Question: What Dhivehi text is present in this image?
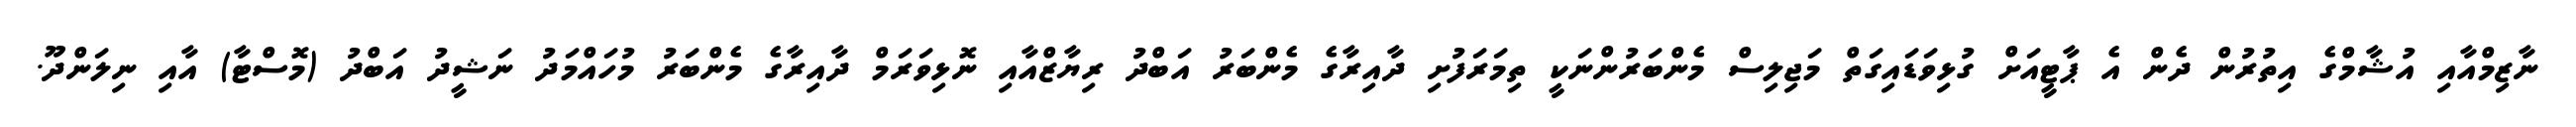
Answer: ނާޒިމްއާއި އުޝާމްގެ އިތުރުން ދެން އެ ޕާޓީއަށް ގުޅިވަޑައިގަތް މަޖިލިސް މެންބަރުންނަކީ ތިމަރަފުށި ދާއިރާގެ މެންބަރު އަބްދު ރިޔާޒްއާއި ނޮޅިވަރަމް ދާއިރާގެ މެންބަރު މުހައްމަދު ނަޝީދު އަބްދު (މޮސްޓާ) އާއި ނިލަންދޫ.